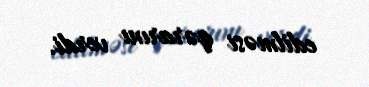
edilməsi qərarını verdi.